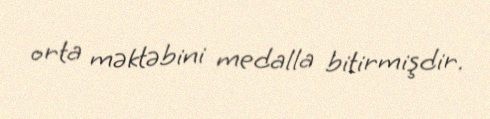
orta məktəbini medalla bitirmişdir.